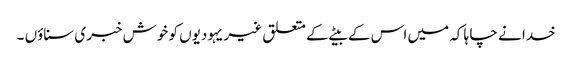
خدا نے چا ہا کہ میں اس کے بیٹے کے متعلق غیر یہودیوں کو خوش خبری سناؤں ۔